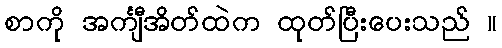
စာကို အင်္ကျီအိတ်ထဲက ထုတ်ပြီးပေးသည် ။